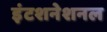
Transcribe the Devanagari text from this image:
इंटशनेशनल